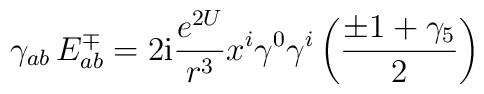
\gamma_{ab}\, E^{\mp}_{ab}=2 \mbox{\rm i} {e^{2U}\over r^3}x^i\gamma^0\gamma^i\left(\pm 1+\gamma_5\over 2\right)